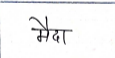
मजकूर: मैदा